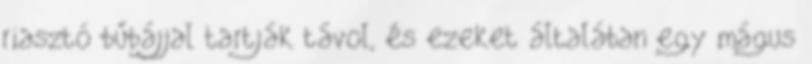
riasztó bűbájjal tartják távol, és ezeket általában egy mágus